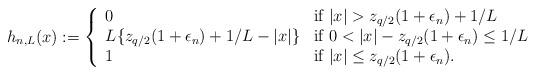
LaTeX: \begin{align*}h_{n,L}(x) := \left\{ \begin{array}{ll} 0 & \mbox{if $|x| > z_{q/2}(1 + \epsilon_n) + 1/L$} \\L\{z_{q/2}(1 + \epsilon_n) + 1/L - |x|\} & \mbox{if $0 < |x| - z_{q/2}(1 + \epsilon_n) \leq 1/L$} \\1 & \mbox{if $|x| \leq z_{q/2}(1 + \epsilon_n)$.} \end{array} \right. \end{align*}